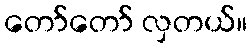
တော်တော် လှတယ်။